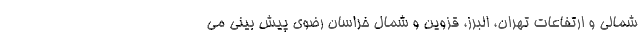
شمالی و ارتفاعات تهران، البرز، قزوین و شمال خراسان رضوی پیش بینی می